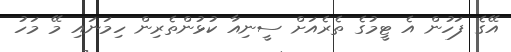
އޭގެ ފަހުން އެ ޓީމުގެ ތެރެއަށް ސީނިއާ ކުޅުންތެރިން ހިމަނައި މޭ މަހު